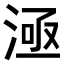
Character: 𣶬